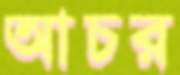
আচর